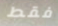
فقط